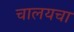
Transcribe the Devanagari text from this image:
चालयचा